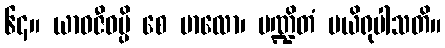
၆၄။ ယာဝဇီဝမ္ပိ စေ ဗာလော၊ ပဏ္ဍိတံ ပယိရုပါသတိ။